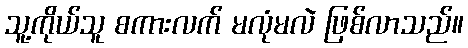
သူ့ကိုယ်သူ စကားလက် မလုံမလဲ ဖြစ်လာသည်။